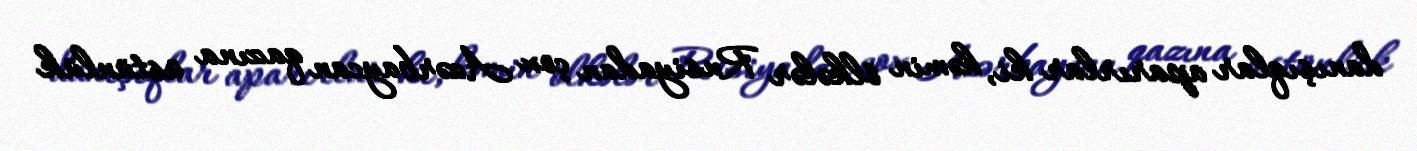
danışıqlar aparırlar ki, həmin ölkələr Rusiyadan çox Azərbaycan qazına üstünlük